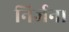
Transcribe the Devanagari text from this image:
निर्जन।